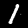
Label: 1